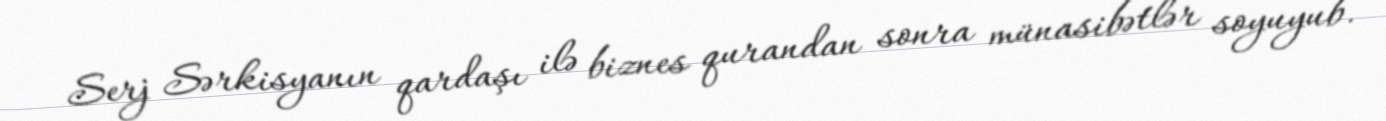
Serj Sərkisyanın qardaşı ilə biznes qurandan sonra münasibətlər soyuyub.